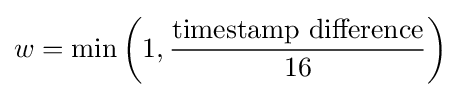
w=\min \left(1,{\frac {\text{timestamp difference}}{16}}\right)